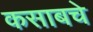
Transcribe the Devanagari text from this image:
कसाबचे